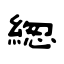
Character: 緫